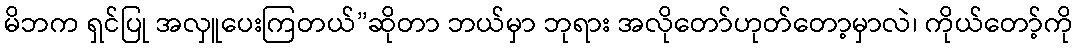
မိဘက ရှင်ပြု အလှူပေးကြတယ်”ဆိုတာ ဘယ်မှာ ဘုရား အလိုတော်ဟုတ်တော့မှာလဲ၊ ကိုယ်တော့်ကို